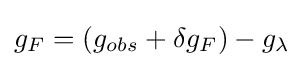
g_{F}=(g_{obs}+\delta g_{F})-g_{\lambda }